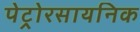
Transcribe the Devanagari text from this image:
पेट्रोरसायनिक